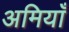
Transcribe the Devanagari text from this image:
अमियाँ